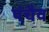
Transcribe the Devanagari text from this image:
पंचैव